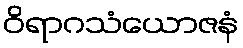
ဝိရာဂသံယောဇနံ